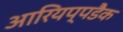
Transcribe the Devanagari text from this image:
आरियप्पडैक